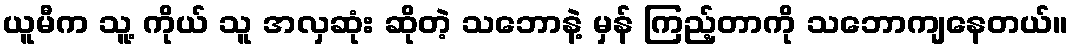
ယူမီက သူ့ ကိုယ် သူ အလှဆုံး ဆိုတဲ့ သဘောနဲ့ မှန် ကြည့်တာကို သဘောကျနေတယ်။